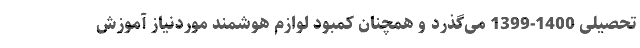
تحصیلی 1400-1399 می‌گذرد و همچنان کمبود لوازم هوشمند موردنیاز آموزش